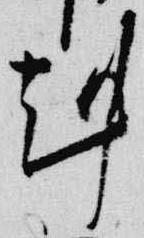
剋